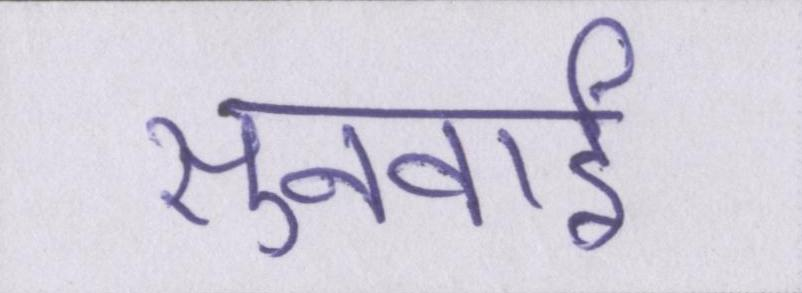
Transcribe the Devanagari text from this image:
सुनवाई